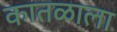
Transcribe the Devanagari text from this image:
कातळाला